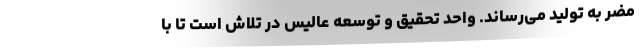
مضر به تولید می‌رساند. واحد تحقیق و توسعه عالیس در تلاش است تا با